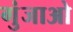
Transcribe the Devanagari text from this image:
गुंजाओ